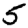
Digit: 5